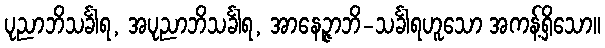
ပုညာဘိသင်္ခါရ, အပုညာဘိသင်္ခါရ, အာနေဉ္ဇာဘိ-သင်္ခါရဟူသော အကန့်ရှိသော။